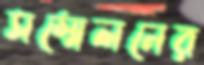
সম্মেলনের